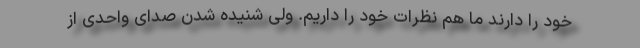
خود را دارند ما هم نظرات خود را داریم. ولی شنیده شدن صدای واحدی از